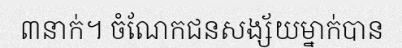
៣នាក់។ ចំណែកជនសង្ស័យម្នាក់បាន